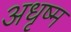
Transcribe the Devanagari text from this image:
अधृष्म